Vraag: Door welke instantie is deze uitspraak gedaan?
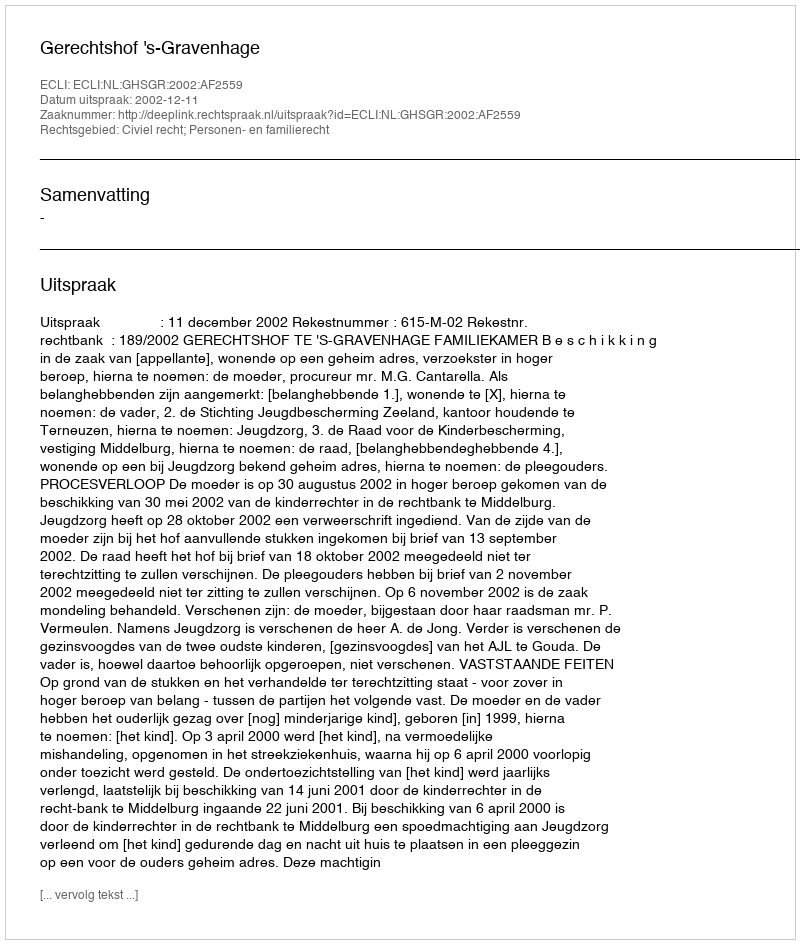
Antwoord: Gerechtshof 's-Gravenhage